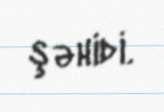
şəhidi.